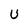
Character: U